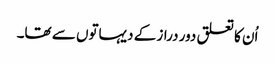
اُن کا تعلق دور دراز کے دیہاتوں سے تھا۔